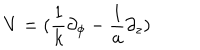
LaTeX: { \displaystyle { V = ( \frac { 1 } { k } \partial _ { \phi } - \frac { 1 } { a } \partial _ { z } ) } }